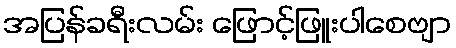
အပြန်ခရီးလမ်း ဖြောင့်ဖြူးပါစေဗျာ